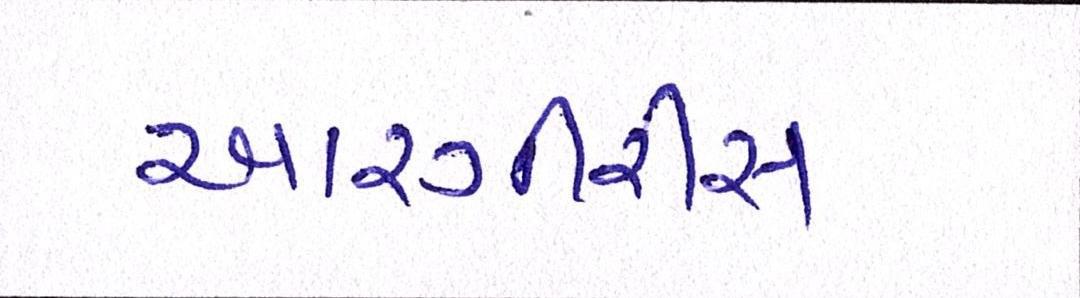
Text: આરગીરીસ